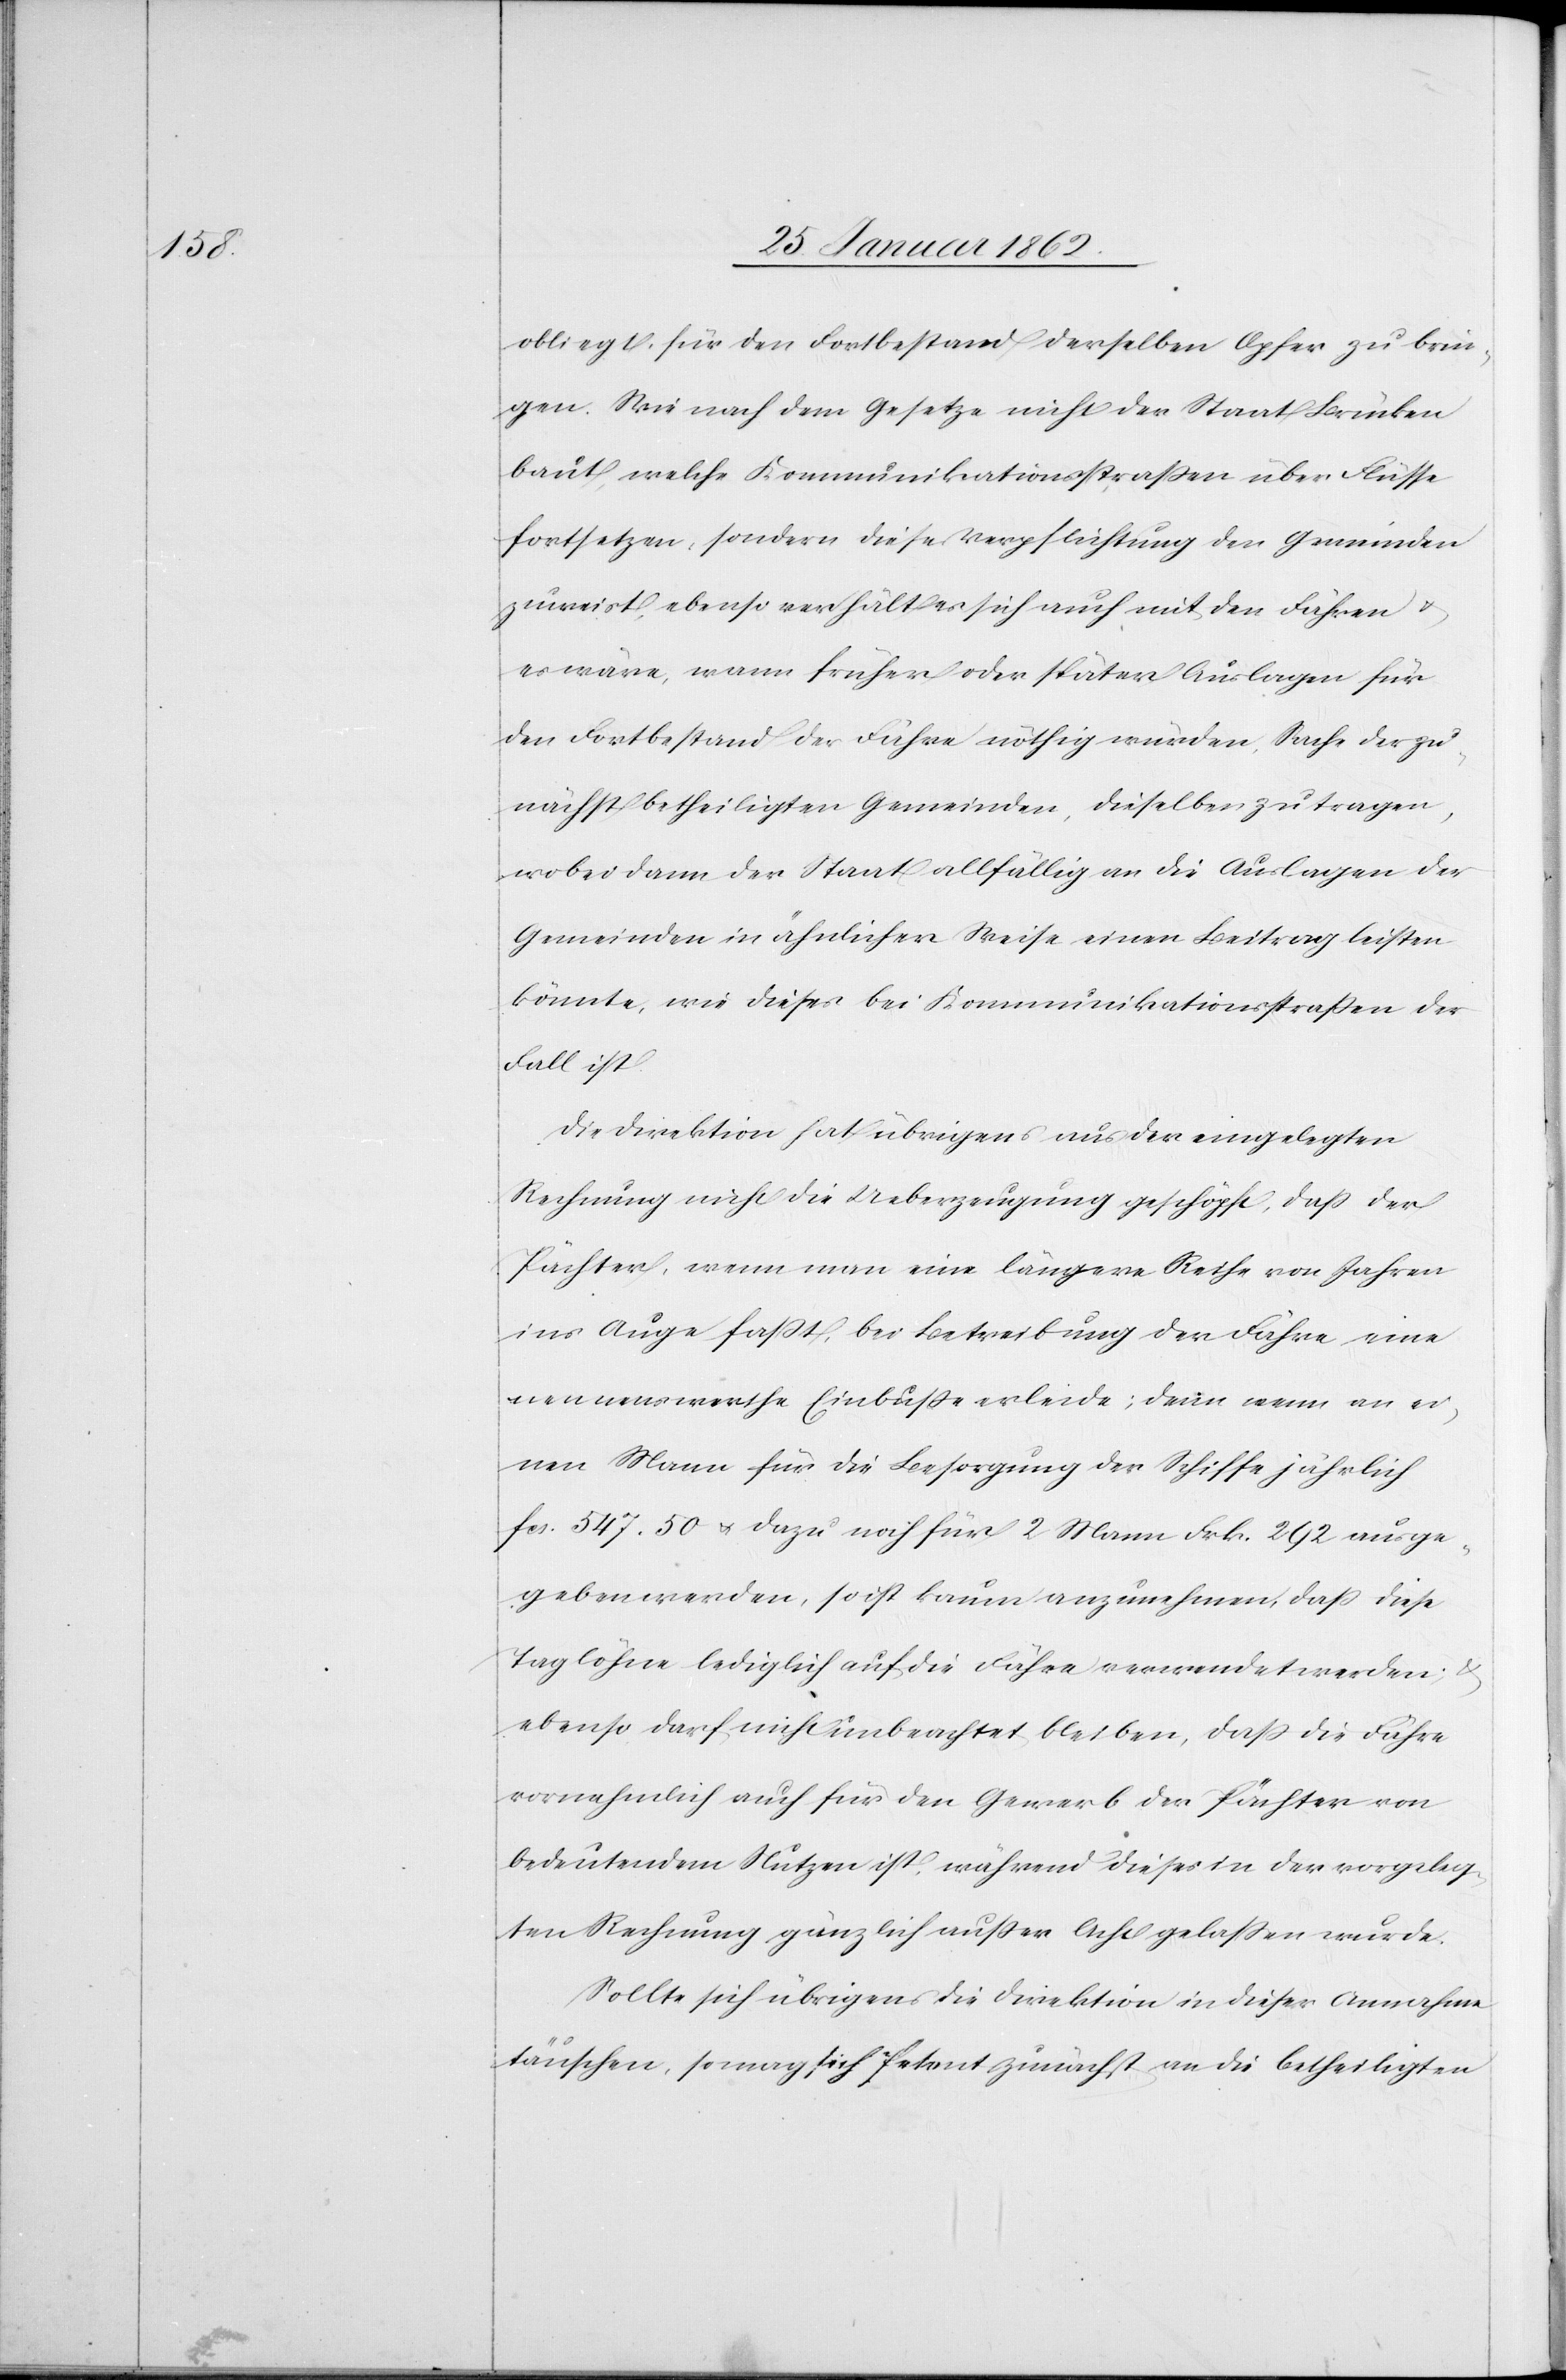
obliegt, für den Fortbestand derselben Opfer zu brin¬
gen. Wie nach dem Gesetze nicht der Staat Brücken
baut, welche Kommunikationsstraßen über Flüsse
fortsetzen, sondern diese Verpflichtung den Gemeinden
zuweist, ebenso verhält es sich auch mit den Fähren u.
es wäre, wann früher oder später Auslagen für
den Fortbestand der Fähre nöthig würden, Sache der zu¬
nächst betheiligten Gemeinden, dieselben zu tragen,
wobei dann der Staat allfällig an die Auslagen der
Gemeinden in ähnlicher Weise einen Beitrag leisten
könnte, wie dieses bei Kommunikationsstraßen der
Fall ist.
Die Direktion hat übrigens aus der eingelegten
Rechnung nicht die Ueberzeugung geschöpft, daß der
Pächter, wenn man eine längere Reihe von Jahren
ins Auge faßt, bei Betreibung der Fähre eine
nennensweise Einbuße erleide; denn wenn an ei¬
nen Mann für die Besorgung der Schiffe jährlich
fcs. 547.50 u. dazu noch für 2 Mann Frk. 292 ausge¬
geben werden, so ist kaum anzunehmen, daß diese
Taglöhne lediglich auf die Fähre verwendet werden; u.
ebenso darf nicht unbeachtet bleiben, daß die Fähre
vornehmlich auch für den Gewerb der Pächter von
bedeutendem Nutzen ist, während dieses in der vorgeleg¬
ten Rechnung gänzlich außer Acht gelaßen wurde.
Solllte sich übrigens die Direktion in dieser Annahme
täuschen, so mag sich Petent zunächst an die betheiligten